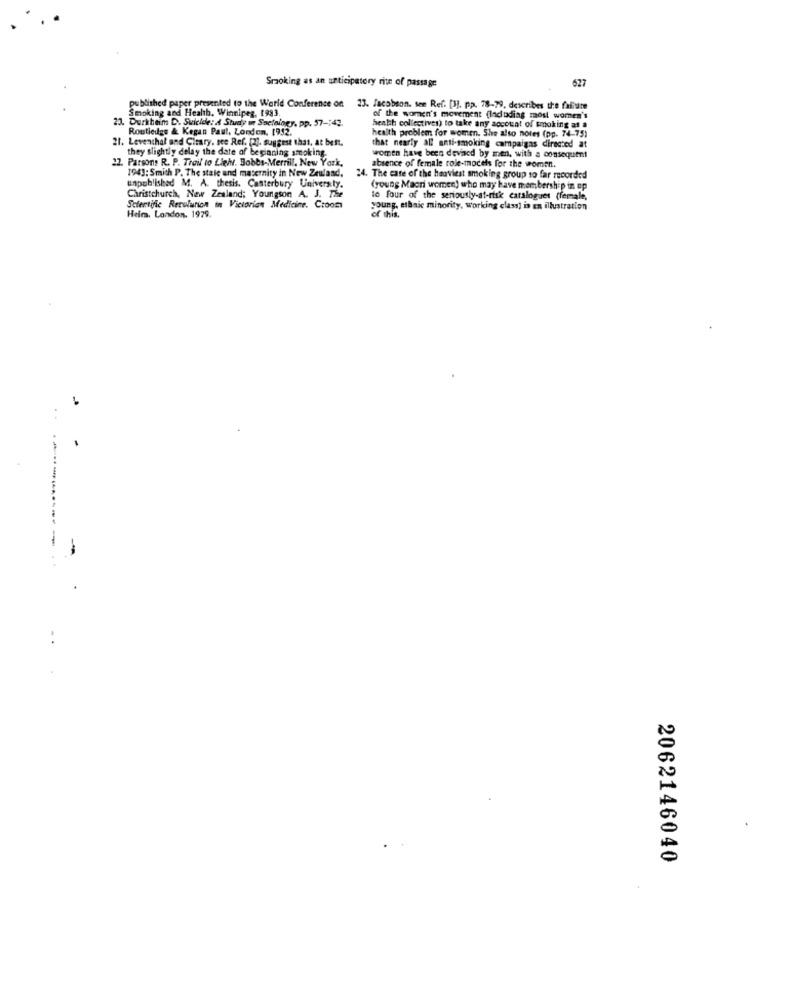
Smoking as an anticipatory rite of passage
627
Smoking and Health. Winnipeg, 1983
published paper presented to the World Conference on 23. Jacobson. see Ref. [1], pp. 78-79, describes the faliure
. Durkheim D. Suicide: 4 Study of Sociology, pp. 57-142.
of the women's movement (ladudiag most women's
Routledge & Kegan Paul, London, [952.
henth collectives) to take any account of smoking as a
21. Levenchat and Cirary, see Ref. [2]. suggest that, at beft.
health problem for women. She also notes (pp. 74-75)
they slightly delay the date of beginning smoking.
that nearly all anti-smoking campaigns directed at
22. Parsons R. P. Trail to Lieh. Bobbs-Merrill, New York,
women have been devised by men, with a consequent
194]: Smith P. The state and maternity in New Zeuland.
absence of female role-models for the woment.
24. The case of the heaviest smoking group so far recorded
unpublished M. A. thesis. Canterbury Universty.
(young Maori women) who may have membership in op
Christchurch, New Zealand; Youngson A. J. The
to four of the seriously-at-risk cataloguet (female,
Scientific Reculurion in Victorian Medicine. Croom
young, etbaic minority, working class) is en illustration
Heim. London, 1979.
of this.
2062146040